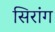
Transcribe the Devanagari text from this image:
सिरांग